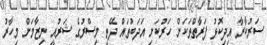
ސަރުކާރާ އިދިކޮޅު ފަރާތްތަކަށް ހަރުކަށި އަދަބުތައް ދޭތީ މިސްރުގެ ޝަރުއީ ނިޒާމަށް މިހާރު